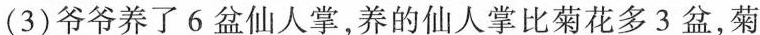
(3)爷爷养了6盆仙人掌，养的仙人掌比菊花多3盆，菊